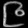
Digit: ၉